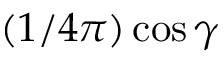
( 1 / 4 \pi ) \cos \gamma